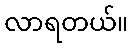
လာရတယ်။